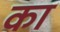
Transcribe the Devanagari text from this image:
का